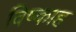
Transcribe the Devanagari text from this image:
विष्काह